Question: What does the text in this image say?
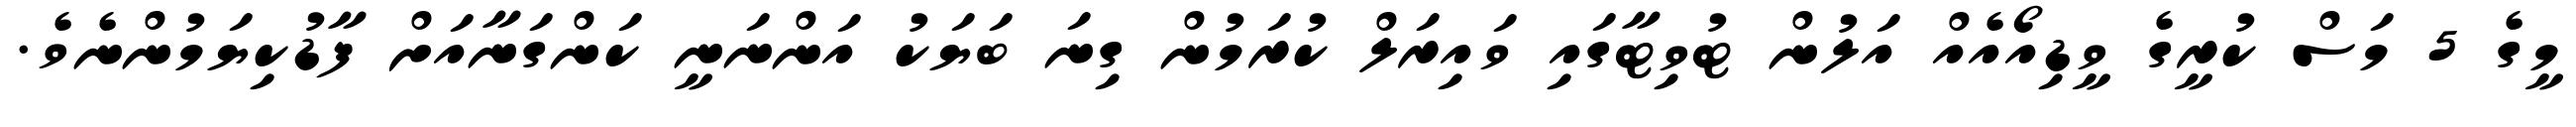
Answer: މީގެ 5 މަސް ކުރީގެ ވީޑިއޯއެއް އަލުން ޓުވިޓާގައި ވައިރަލް ކުރަމުން ގިނަ ބަޔަކު އަންނަނީ ކަންގަނާއަށް ފާޑުކިޔަމުންނެވެ.